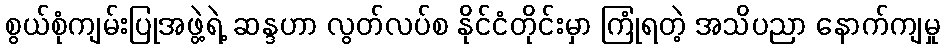
စွယ်စုံကျမ်းပြုအဖွဲ့ရဲ့ ဆန္ဒဟာ လွတ်လပ်စ နိုင်ငံတိုင်းမှာ ကြုံရတဲ့ အသိပညာ နောက်ကျမှု